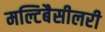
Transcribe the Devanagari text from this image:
मल्टिबैसीलरी